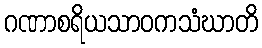
ဂဏာစရိယသာဝကသံဃာတိ